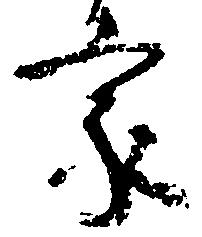
家